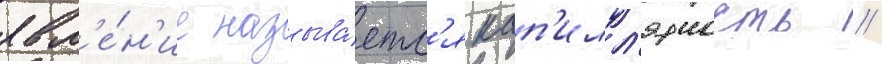
явл'е́н'ие называ́етс'я кап'илл'ярность //